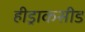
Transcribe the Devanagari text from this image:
हीड्राकसीड